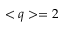
< q > = 2